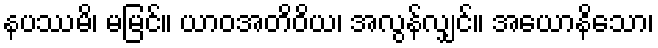
နပဿမိ၊ မမြင်။ ယာဝအတိဝိယ၊ အလွန်လျှင်။ အယောနိသော၊